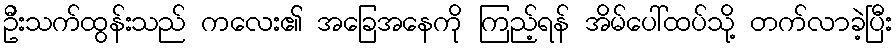
ဦးသက်ထွန်းသည် ကလေး၏ အခြေအနေကို ကြည့်ရန် အိမ်ပေါ်ထပ်သို့ တက်လာခဲ့ပြီး